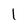
Character: l